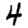
Digit: 4